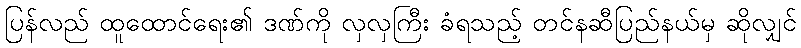
ပြန်လည် ထူထောင်ရေး၏ ဒဏ်ကို လှလှကြီး ခံရသည့် တင်နဆီပြည်နယ်မှ ဆိုလျှင်